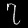
Digit: ၇